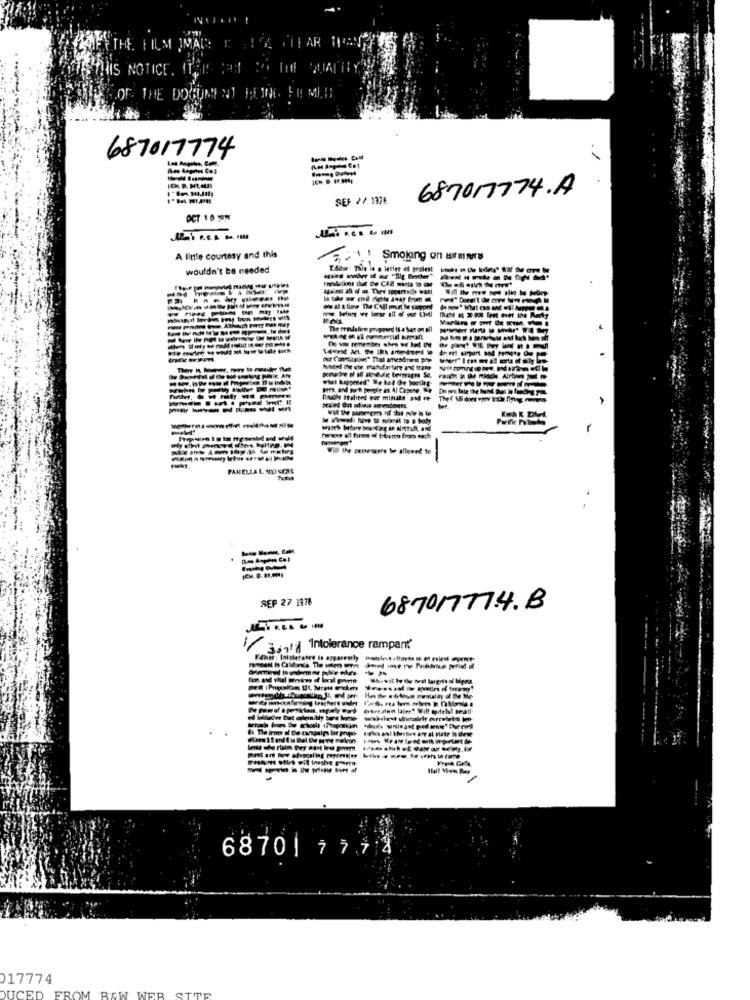
ILM IN
TICE
HE DOBU
687017774
687017774.A
SEF 2/ 1376
DCT 10 5M
A little courtesy and this
"\' Smolang on umwrs
wouldn't be needed
EAdse This is a letter el geolest
ww. before we lose all of our tivi
The realalien proposed is a ban on a !!
De vos remember when we had IM
per, and toch people as Al Casene. tip
--
praled On od as arendmers.
Iwww all fires of trturu from each
Will the passessere be allowed to
PANELIAL NONPAS
---
SEP 27 1978
687017774.B
Intolerance rampart
Showit to the svedl largoto di Mens
tawn later? Will modell seall-
6870 | 7778
17774
DUCED FROM BAW WEB STED